Leaving Certificate Examination (including Day School Certificate (Higher) General paper), 1932
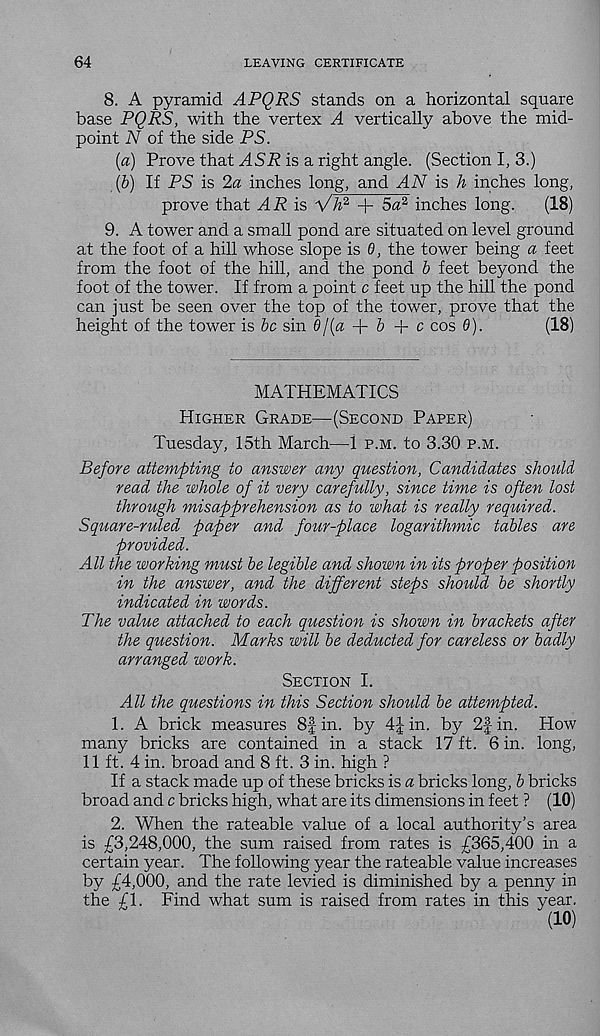
64
LEAVING CERTIFICATE
8. A pyramid APQRS stands on a horizontal square
base PQRS, with the vertex A vertically above the mid-
point N of the side PS.
(a) Prove that ASR is a right angle. (Section I, 3.)
(b) If PS is 2a inches long, and AN is h inches long,
prove that AR is Vh 2 + 5a 2 inches long.
(18)
9. A tower and a small pond are situated on level ground
at the foot of a hill whose slope is 6, the tower being a feet
from the foot of the hill, and the pond b feet beyond the
foot of the tower. If from a point c feet up the hill the pond
can just be seen over the top of the tower, prove that the
height of the tower is be sin 0/(a + & + c cos 6).
(18)
MATHEMATICS
Higher Grade—(Second Paper)
Tuesday, 15th March—1 p.m. to 3.30 p.m.
Before attempting to answer any question, Candidates should
read the whole of it very carefully, since time is often lost
through misapprehension as to what is really required.
Square-ruled paper and four-place logarithmic tables are
provided.
All the working must be legible and shown in its proper position
in the answer, and the different steps should be shortly
indicated in words.
The value attached to each question is shown in brackets after
the question. Marks will be deducted for careless or badly
arranged work.
Section I.
All the questions in this Section should be attempted.
1. A brick measures 8| in. by
in. by 2f in. How
many bricks are contained in a stack 17 ft. 6 in. long,
11 ft. 4 in. broad and 8 ft. 3 in. high ?
If a stack made up of these bricks is a bricks long, b bricks
broad and c bricks high, what are its dimensions in feet ? (10)
2. When the rateable value of a local authority’s area
is £3,248,000, the sum raised from rates is £365,400 in a
certain year. The following year the rateable value increases
by £4,000, and the rate levied is diminished by a penny in
the £1. Find what sum is raised from rates in this year,
(10)